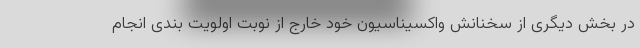
در بخش دیگری از سخنانش واکسیناسیون خود خارج از نوبت اولویت بندی انجام